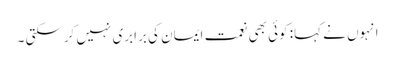
انہوں نے کہا: کوئی بھی نعمت ایمان کی برابری نہیں کرسکتی ۔